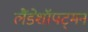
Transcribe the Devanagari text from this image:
लैंडेशॉपट्मन